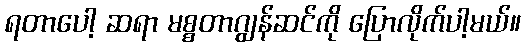
ရတာပေါ့ ဆရာ မစ္စတာဂျွန်ဆင်ကို ပြောလိုက်ပါ့မယ်။